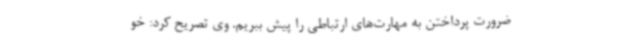
ضرورت پرداختن به مهارت‌های ارتباطی را پیش ببریم. وی تصریح کرد: خو